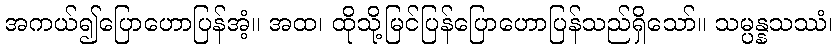
အကယ်၍ပြောဟောပြန်အံ့။ အထ၊ ထိုသို့မြင်ပြန်ပြောဟောပြန်သည်ရှိသော်။ သမ္ပန္နသဿံ၊